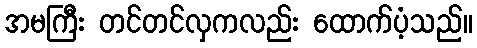
အမကြီး တင်တင်လှကလည်း ထောက်ပံ့သည်။